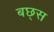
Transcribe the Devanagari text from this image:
बछ्स